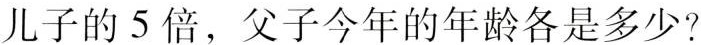
儿子的 5 倍，父子今年的年龄各是多少?